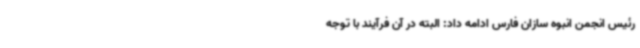
رئیس انجمن انبوه سازان فارس ادامه داد: البته در آن فرآیند با توجه